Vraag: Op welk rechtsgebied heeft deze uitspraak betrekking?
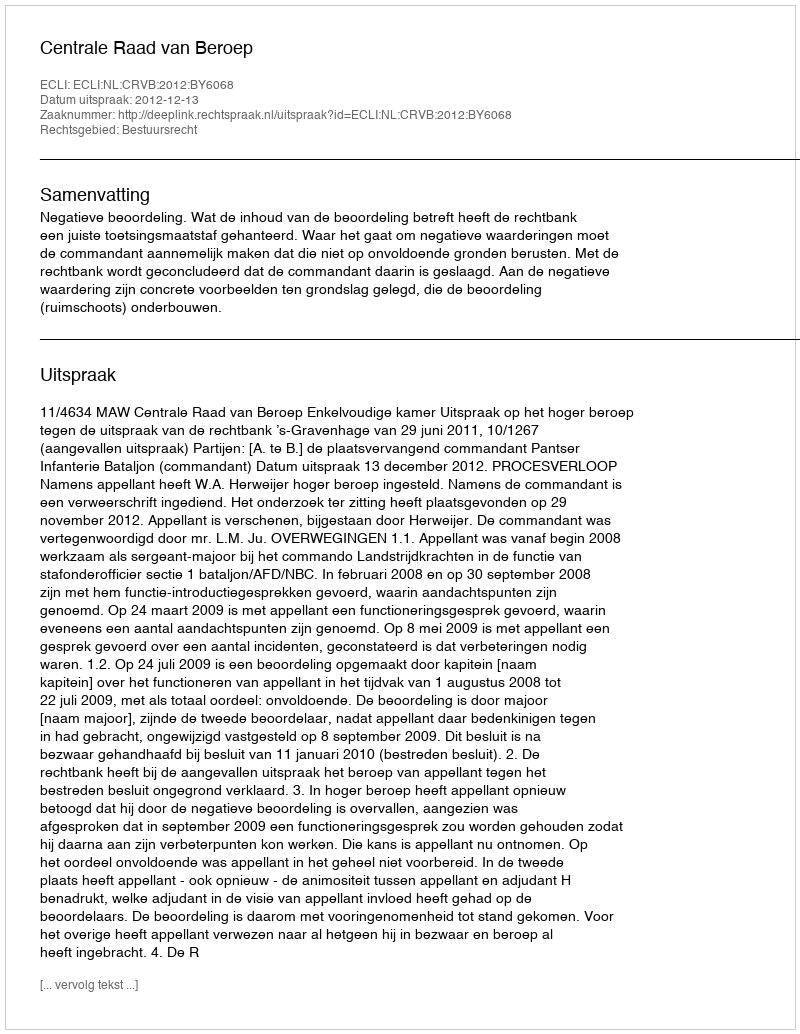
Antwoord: Bestuursrecht